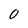
Character: O